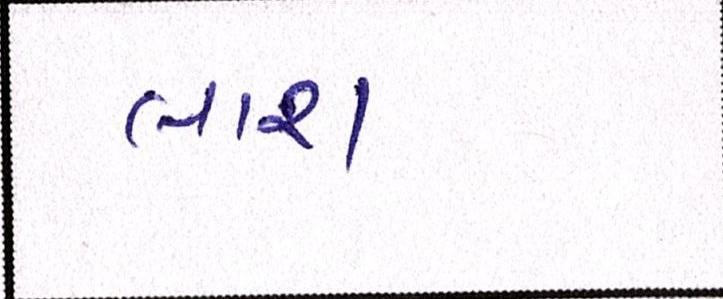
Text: લાશ